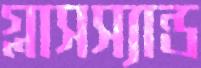
গ্লাসস্যান্ড